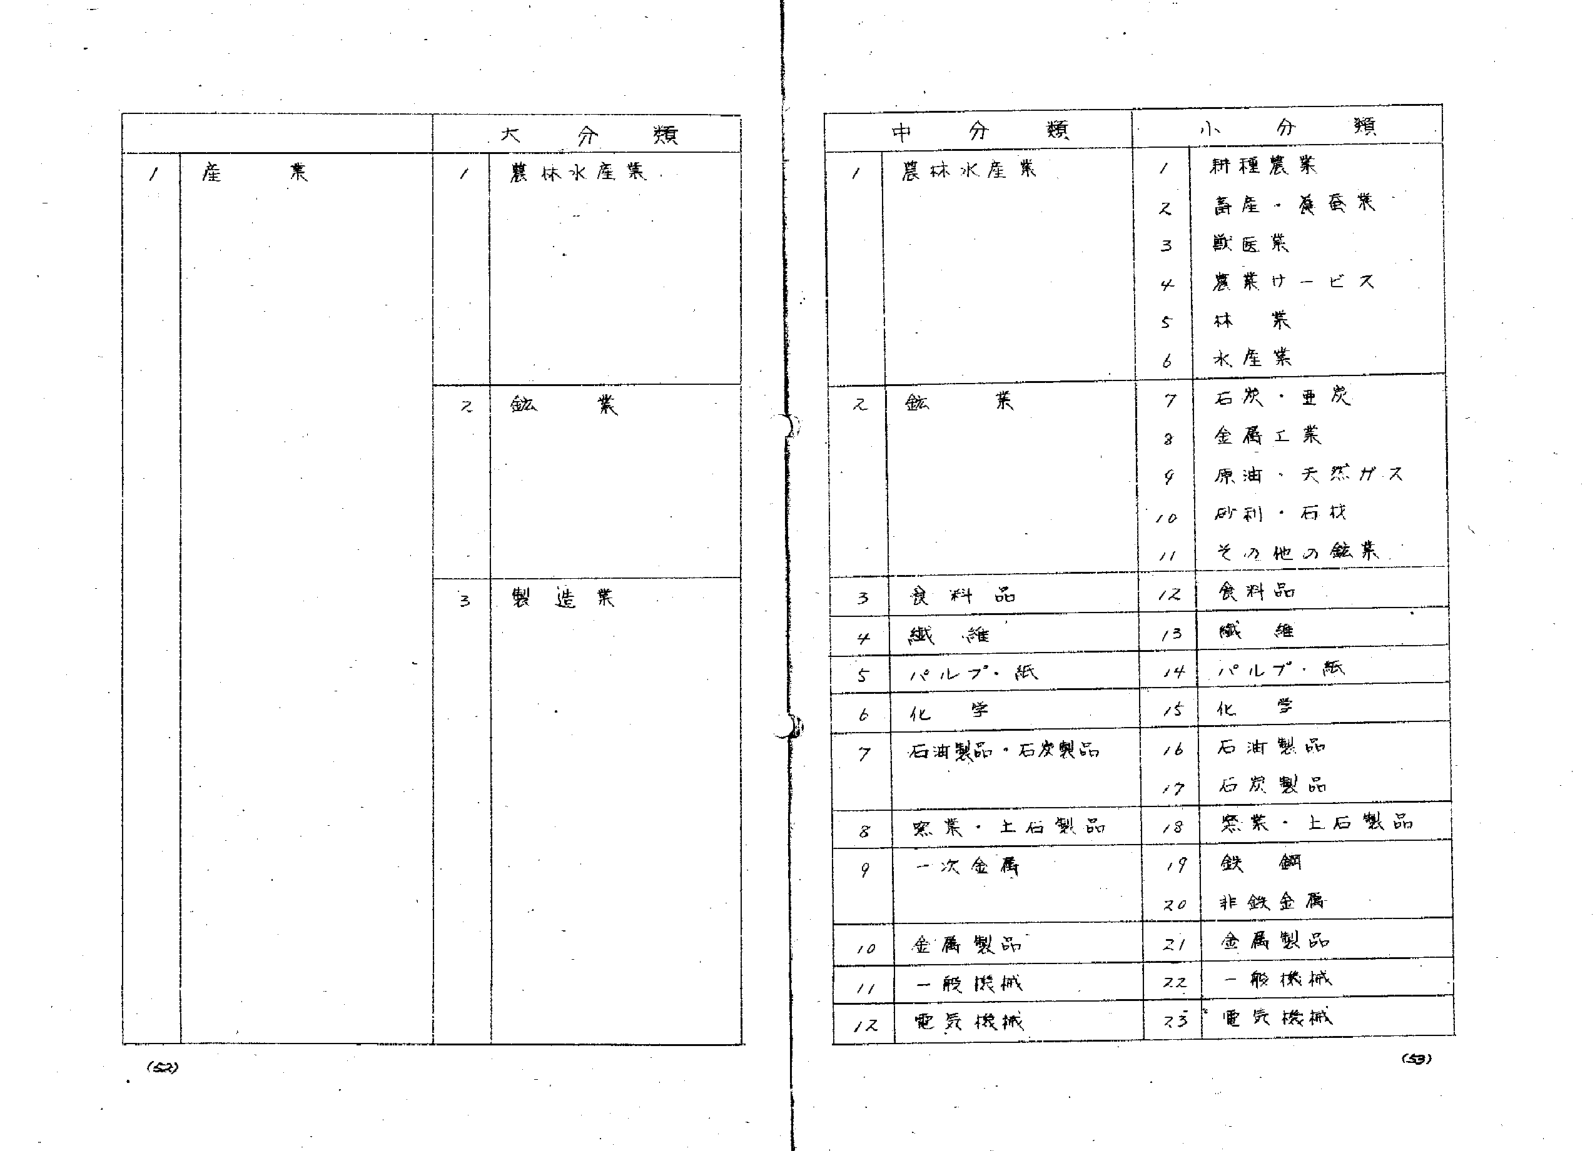
大分類
/ 産業
/ 農林水産業
2 鉱業
3 製造業

中分類
/ 農林水産業
2 鉱業
3 食料品
4 繊維
5 パルプ・紙
6 化学
7 石油製品・石炭製品
8 窯業・土石製品
9 一次金属
10 金属製品
11 一般機械
12 電気機械

小分類
/ 耕種農業
2 畜産・養蚕業
3 獣医業
4 農業サービス
5 林業
6 水産業
7 石炭・亜炭
8 金属工業
9 原油・天然ガス
10 砂利・石材
11 その他の鉱業
12 食料品
13 繊維
14 パルプ・紙
15 化学
16 石油製品
17 石炭製品
18 窯業・土石製品
19 鉄鋼
20 非鉄金属
21 金属製品
22 一般機械
23 電気機械

(52)
(53)